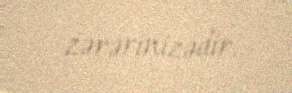
zərərinizədir.